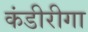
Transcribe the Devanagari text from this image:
कंडीरीगा